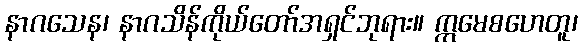
နာဂသေန၊ နာဂသိန်ကိုယ်တော်အရှင်ဘုရား။ ဣမေစဟေတူ၊